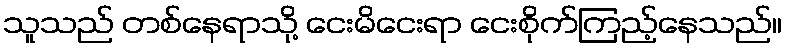
သူသည် တစ်နေရာသို့ ငေးမိငေးရာ ငေးစိုက်ကြည့်နေသည်။